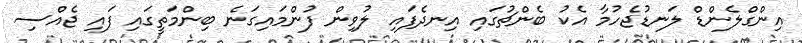
އިންގްލެންޑް ލަނޑުޖެހުމާ އެކު ބެންޗުގައި އިނދެފައި ލުވިން ފުންމައިގަނެ ބިންމަތީގައި ފައި ޖެއްސި